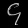
Digit: ၄